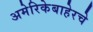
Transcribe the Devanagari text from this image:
अमेरिकेबाहेरचे